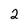
Character: 2